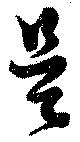
呉